Scottish Leaving Certificate Examination, 1961
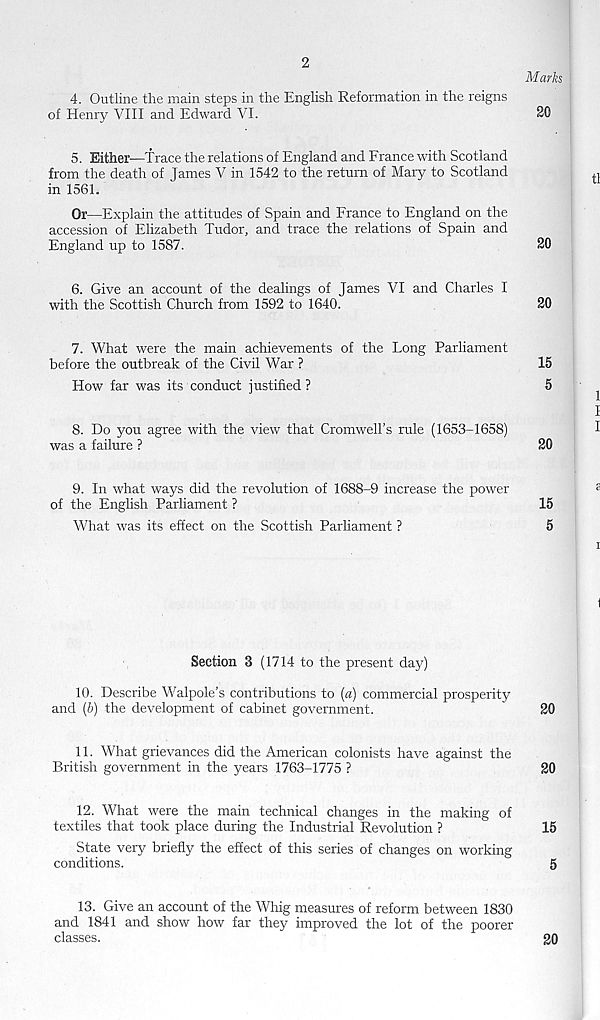
2
Marks
4.
Outline the main steps in the English Reformation in
of Henry VIII and Edward VI.
20
5. Either—Trace the relations of England and France with Scotland
from the death of James V in 1542 to the return of Mary to Scotland
in 1561.
Or—Explain the attitudes of Spain and France to England on the
accession of Elizabeth Tudor, and trace the relations of Spain and
England up to 1587.
20
6. Give an account of the dealings of James VI and Charles I
with the Scottish Church from 1592 to 1640.
20
7.
What were the main achievements of the Long P
before the outbreak of the Civil War ?
How far was its conduct justified ?
8.
Do you agree with the view that Cromwell’s rule (
was a failure ?
15
5
20
9.
In what ways did the revolution of 1688-9 increase
of the English Parliament ?
15
What was its effect on the Scottish Parliament ?
5
Section 3 (1714 to the present day)
10. Describe Walpole’s contributions to (a) commercial prosperity
and (b) the development of cabinet government.
20
11. What grievances did the American colonists have against the
British government in the years 1763-1775 ?
20
12. What were the main technical changes in the making of
textiles that took place during the Industrial Revolution ?
15
State very briefly the effect of this series of changes on working
conditions.
^
5
13.
Give an account of the Whig measures of reform
and 1841 and show how far they improved the lot of the poorer
classes.
20